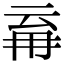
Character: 𭁪